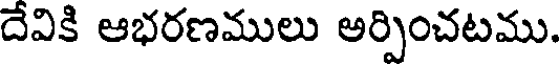
దేవికి ఆభరణములు అర్పించటము.